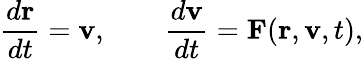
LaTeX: {\frac{d\mathbf{r}}{dt}}=\mathbf{v},\qquad{\frac{d\mathbf{v}}{dt}}=\mathbf{F}(\mathbf{r},\mathbf{v},t),